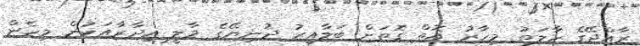
ރާއްޖޭގެ ހާލަތު މިހާރު އޮތް ގޮތަށް ބަލާއިރު ދުނިޔޭގެ މާލީ އިދާރާއަކުން މިހެން